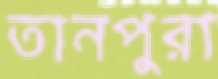
তানপুরা